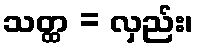
သတ္ထ = လှည်း၊